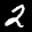
Label: 2